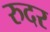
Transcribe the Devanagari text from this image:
रुदर